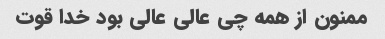
ممنون از همه چی عالی عالی بود خدا قوت